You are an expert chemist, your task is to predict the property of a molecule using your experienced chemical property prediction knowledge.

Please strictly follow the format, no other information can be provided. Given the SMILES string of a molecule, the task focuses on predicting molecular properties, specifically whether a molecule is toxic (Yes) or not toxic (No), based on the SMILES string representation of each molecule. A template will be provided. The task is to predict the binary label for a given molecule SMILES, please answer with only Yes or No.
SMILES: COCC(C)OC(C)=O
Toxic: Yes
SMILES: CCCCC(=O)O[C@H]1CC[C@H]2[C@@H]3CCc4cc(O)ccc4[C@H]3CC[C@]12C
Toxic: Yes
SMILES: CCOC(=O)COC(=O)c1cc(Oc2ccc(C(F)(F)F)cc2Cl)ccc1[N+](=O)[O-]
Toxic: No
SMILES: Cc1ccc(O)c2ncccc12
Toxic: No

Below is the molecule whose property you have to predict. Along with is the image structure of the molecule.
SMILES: CCn1cc(C(=O)O)c(=O)c2cnc(N3CCCC3)nc21
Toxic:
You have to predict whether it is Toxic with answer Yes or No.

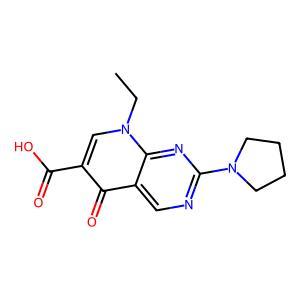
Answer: No